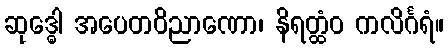
ဆုဒ္ဓေါ အပေတဝိညာဏော၊ နိရတ္ထံဝ ကလိင်္ဂရံ။